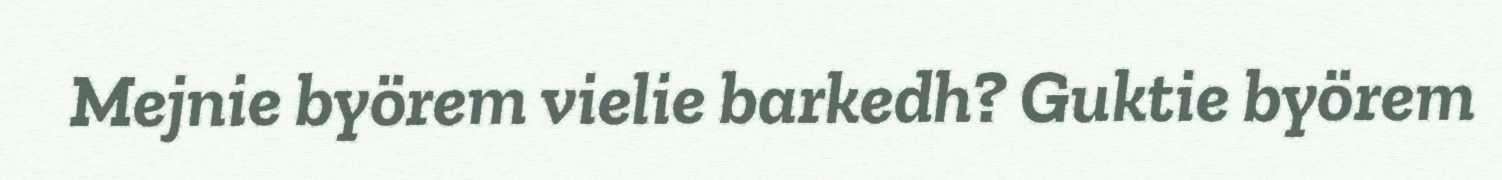
Mejnie byörem vielie barkedh? Guktie byörem